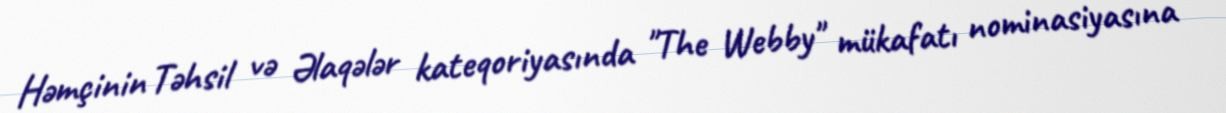
Həmçinin Təhsil və Əlaqələr kateqoriyasında "The Webby" mükafatı nominasiyasına